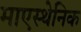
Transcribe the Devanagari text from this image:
माएस्थेनिक